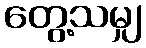
တွေ့သမျှ